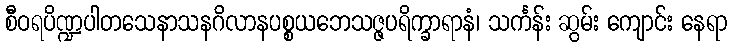
စီဝရပိဏ္ဍပါတသေနာသနဂိလာနပစ္စယဘေသဇ္ဇပရိက္ခာရာနံ၊ သင်္ကန်း ဆွမ်း ကျောင်း နေရာ